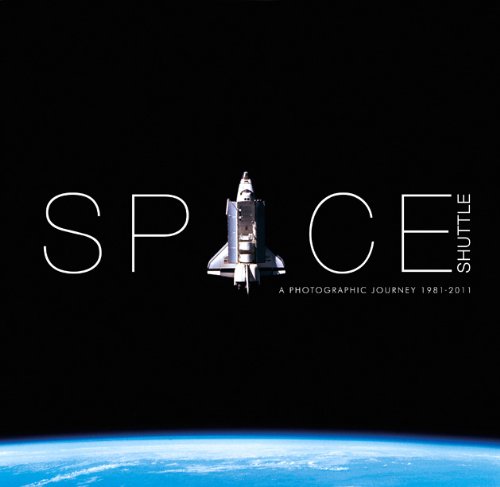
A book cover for Space Shuttle a Photographic Journey 1981-2011; Luke Wesley Price; Science & Math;